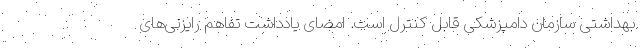
بهداشتی سازمان دامپزشکی قابل کنترل است. امضای یادداشت تفاهم رایزنی‌های